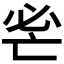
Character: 𢗺